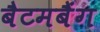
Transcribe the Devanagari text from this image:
बैटमबैंग